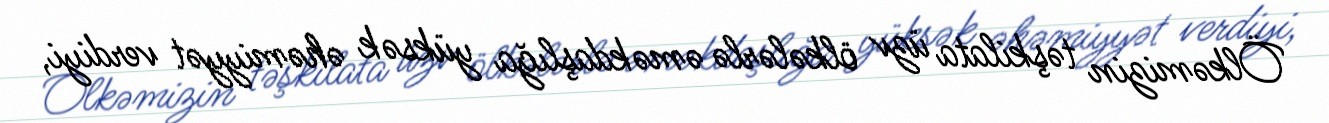
Ölkəmizin təşkilata üzv ölkələrlə əməkdaşlığa yüksək əhəmiyyət verdiyi,